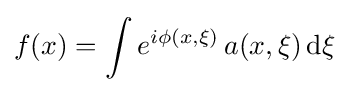
f(x)=\int e^{i\phi (x,\xi )}\,a(x,\xi )\,\mathrm {d} \xi